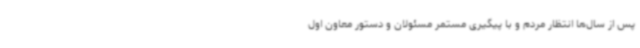
پس از سال‌ها انتظار مردم و با پیگیری مستمر مسئولان و دستور معاون اول